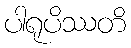
ပါရုပိဿတိ